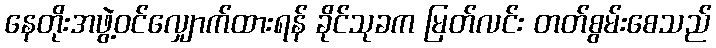
နေတိုးအဖွဲ့ဝင်လျှောက်ထားရန် ခိုင်သုခက မြတ်လင်း တတ်စွမ်းစေသည်